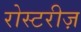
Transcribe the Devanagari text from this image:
रोस्टरीज़